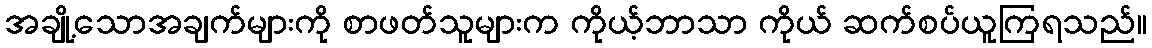
အချို့သောအချက်များကို စာဖတ်သူများက ကိုယ့်ဘာသာ ကိုယ် ဆက်စပ်ယူကြရသည်။